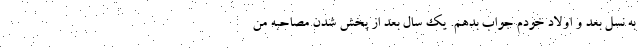
به نسل بعد و اولاد خودم جواب بدهم. یک سال بعد از پخش شدن مصاحبه من